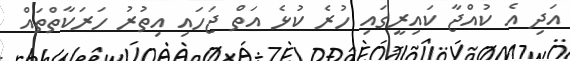
އަދި އެ ކުއްޖާ ކައިރީގައި ހުރެ ކުޅެ އަތް ޖަހައި އިތުރު ހަރަކާތްތައް